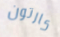
كارتون